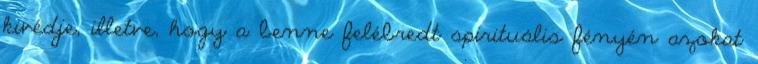
kivédje, illetve, hogy a benne felébredt spirituális fényén azokat